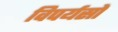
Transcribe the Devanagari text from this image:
विपर्यसों